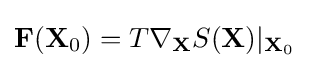
\mathbf {F} (\mathbf {X} _{0})=T\nabla _{\mathbf {X} }S(\mathbf {X} )|_{\mathbf {X} _{0}}